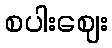
စပါးဈေး